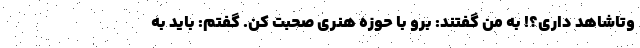
وتاشاهد داری؟! به من گفتند: برو با حوزه هنری صحبت کن. گفتم: باید به